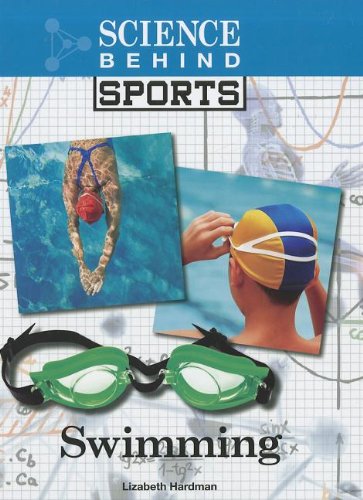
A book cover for Swimming (Science Behind Sports); Lizabeth Hardman; Teen & Young Adult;